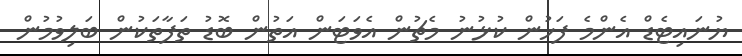
ޔުނައިޓެޑް އެންމެ ފަހުން ކުޅުނު މެޗުން އެވަޓަން އަތުން ބޮޑު ތަފާތަކުން ބަލިވުމުން